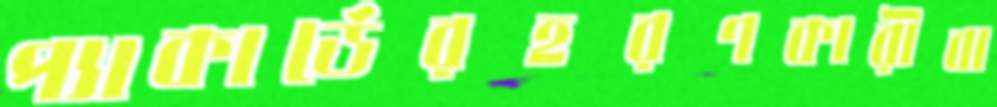
প্যাকার্ডেরহরণকারীবা